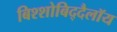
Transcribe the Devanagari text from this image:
बिश्शोबिद्दैलॉय